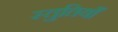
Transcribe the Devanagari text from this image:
स्‍तुतियाँ